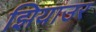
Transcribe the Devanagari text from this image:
झियाउर